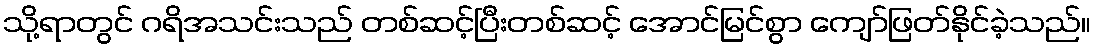
သို့ရာတွင် ဂရိအသင်းသည် တစ်ဆင့်ပြီးတစ်ဆင့် အောင်မြင်စွာ ကျော်ဖြတ်နိုင်ခဲ့သည်။